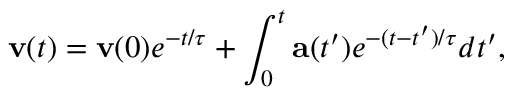
\mathbf { v } ( t ) = \mathbf { v } ( 0 ) e ^ { - t / \tau } + \int _ { 0 } ^ { t } \mathbf { a } ( t ^ { \prime } ) e ^ { - ( t - t ^ { \prime } ) / \tau } d t ^ { \prime } ,